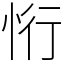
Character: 㤚